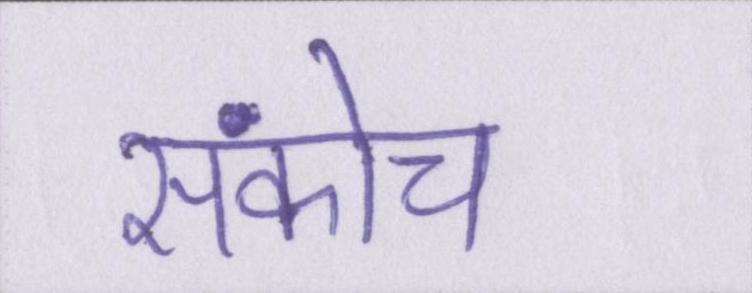
संकोच